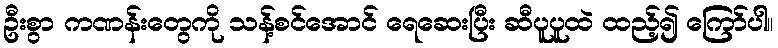
ဦးစွာ ကဏန်းတွေကို သန့်စင်အောင် ရေဆေးပြီး ဆီပူပူထဲ ထည့်၍ ကြော်ပါ။